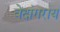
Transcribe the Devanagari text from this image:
वेदांगराय